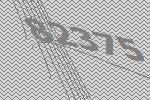
82375